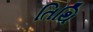
તિથિ